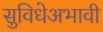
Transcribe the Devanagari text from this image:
सुविधेअभावी